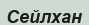
Сейлхан